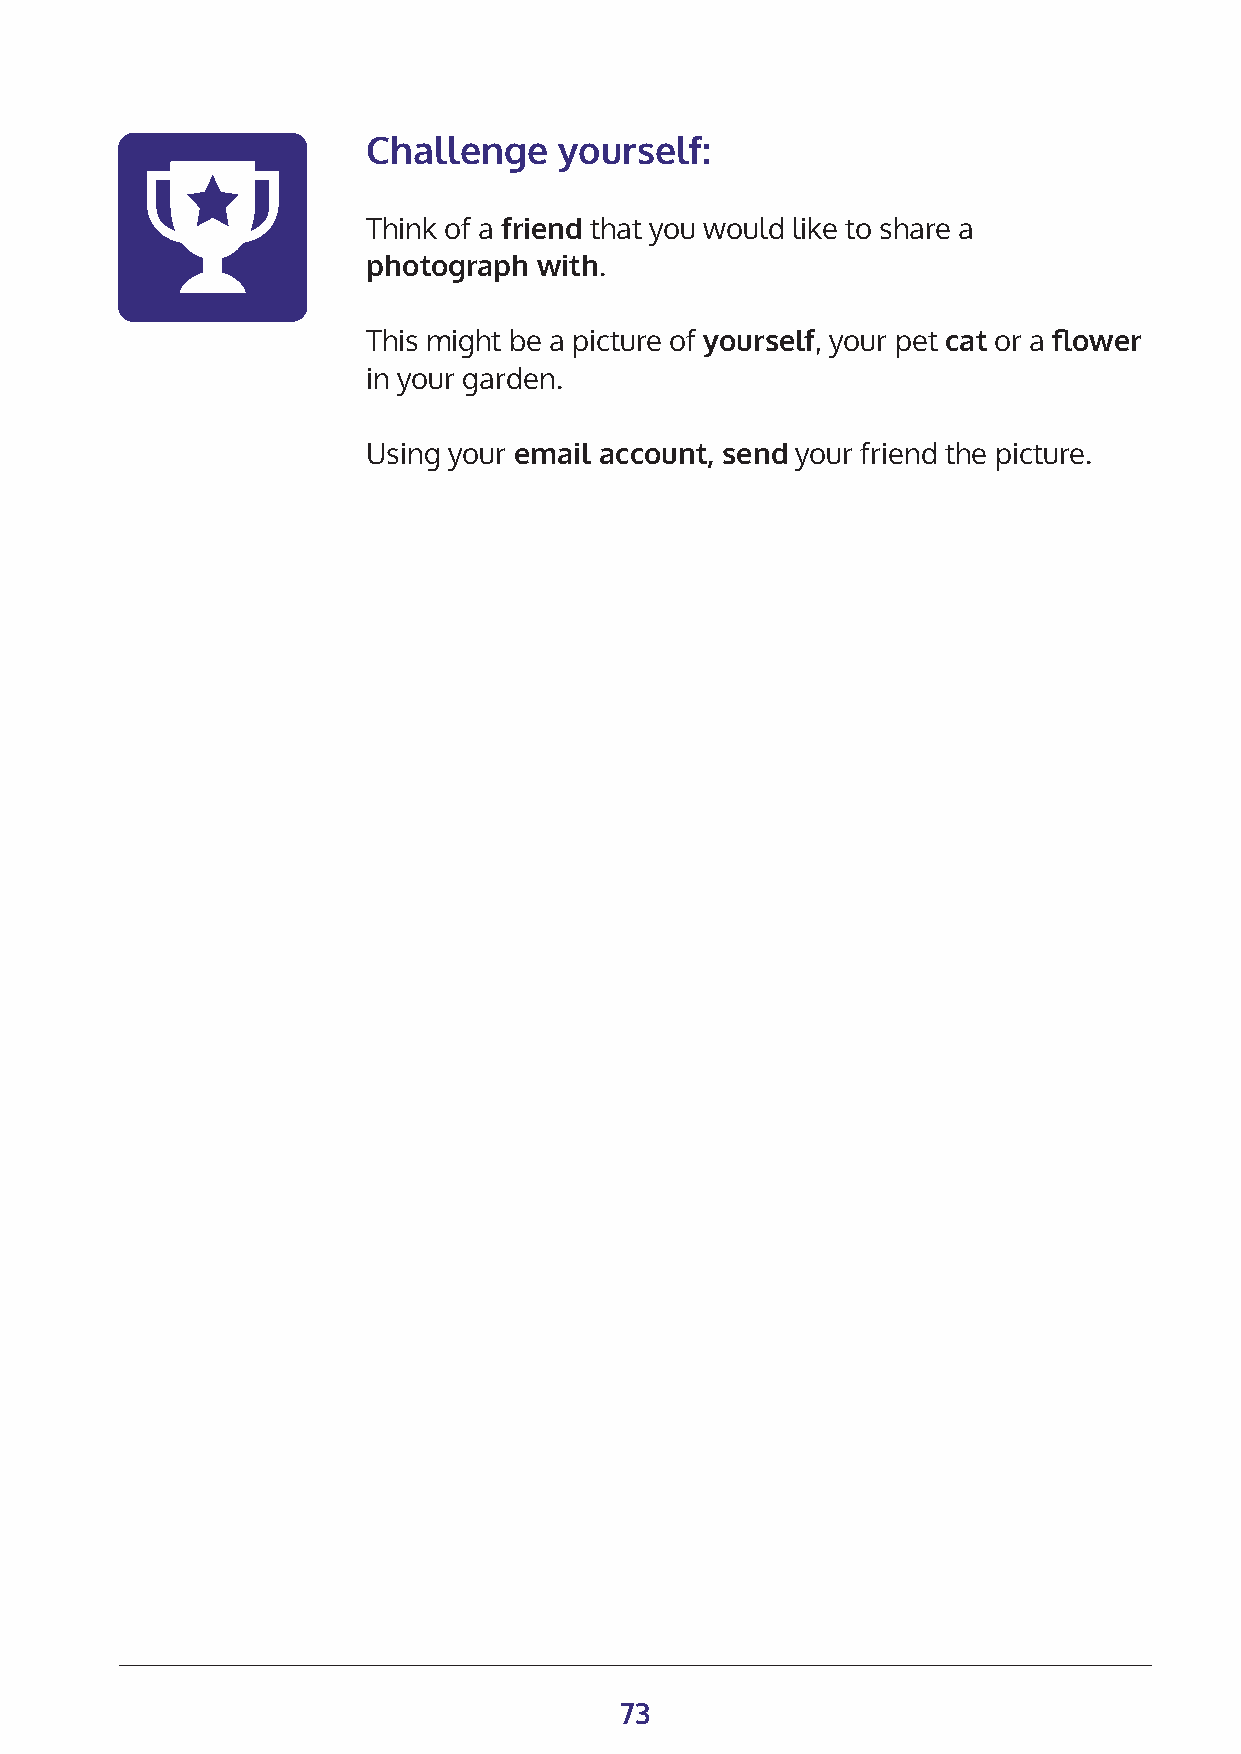
Challenge    yourself:
 Think of a friend that you would like to share a
 photograph  with.
 This might be a picture of yourself, your pet cat or a flower
 in your garden.
 Using your email account, send your friend the picture.
 73